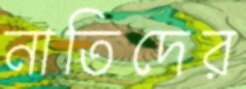
নাতিদের